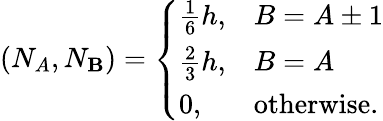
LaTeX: (N_{A},N_{\mathbf{B}})=\left\{ \begin{array}{ll}{\frac{1}{6}h,}&{B=A\pm 1}\\ {\frac{2}{3}h,}&{B=A}\\ {0,}&{\mathrm{otherwise}.}\end{array}\right.